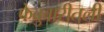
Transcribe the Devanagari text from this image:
फेब्रुवारीतली